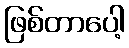
ဖြစ်တာပေါ့